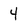
Character: 4